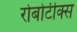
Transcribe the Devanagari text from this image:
रोबोटीक्स